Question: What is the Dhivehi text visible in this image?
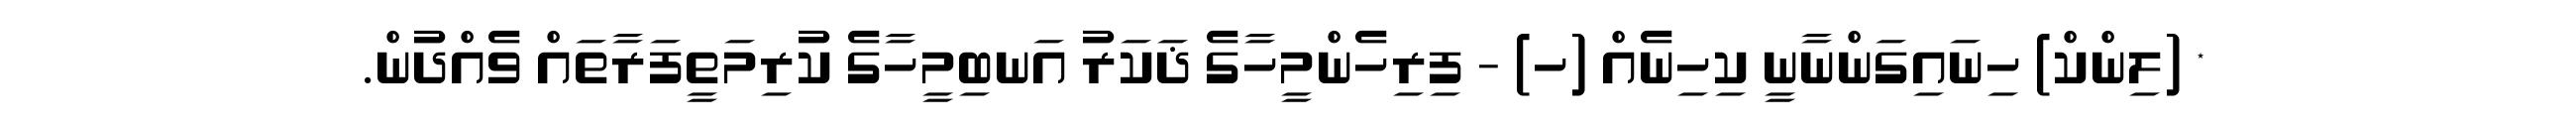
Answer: * (ލިންކް) ހިނައިގަންނާނީ ކިހިނެއް (ހ) - ފިރިހެންމީހާގެ ޛަކަރު އަނބިމީހާގެ ކުރިމަތީފަރާތައް ވެއްދުން.